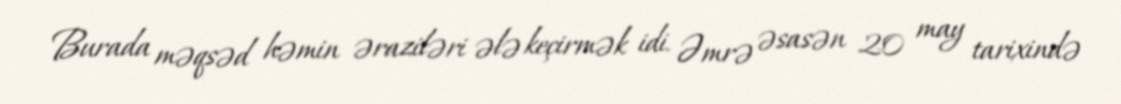
Burada məqsəd həmin əraziləri ələ keçirmək idi. Əmrə əsasən 20 may tarixində